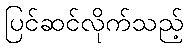
ပြင်ဆင်လိုက်သည့်